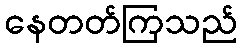
နေတတ်ကြသည်